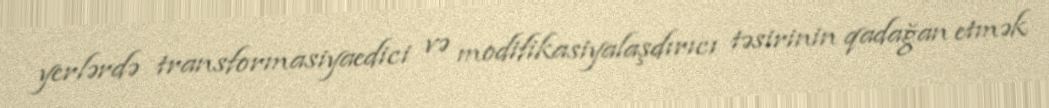
yerlərdə transformasiyaedici və modifikasiyalaşdırıcı təsirinin qadağan etmək